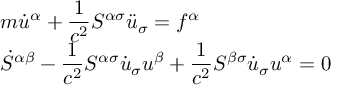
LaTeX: \begin{array} { l l } { { m \dot { u } ^ { \alpha } + \displaystyle \frac { 1 } { c ^ { 2 } } S ^ { \alpha \sigma } \ddot { u } _ { \sigma } = f ^ { \alpha } } } \\ { { \dot { S } ^ { \alpha \beta } - \displaystyle \frac { 1 } { c ^ { 2 } } S ^ { \alpha \sigma } \dot { u } _ { \sigma } u ^ { \beta } + \displaystyle \frac { 1 } { c ^ { 2 } } S ^ { \beta \sigma } \dot { u } _ { \sigma } u ^ { \alpha } = 0 } } \end{array}